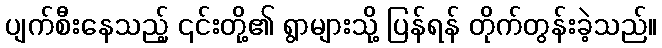
ပျက်စီးနေသည့် ၎င်းတို့၏ ရွာများသို့ ပြန်ရန် တိုက်တွန်းခဲ့သည်။